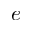
e